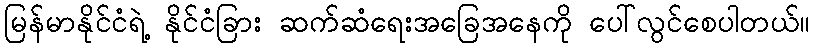
မြန်မာနိုင်ငံရဲ့ နိုင်ငံခြား ဆက်ဆံရေးအခြေအနေကို ပေါ်လွင်စေပါတယ်။